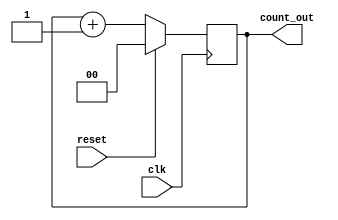
`timescale 1ns / 1ps
//////////////////////////////////////////////////////////////////////////////////
// Company: 
// Engineer: 
// 
// Design Name: 
// Module Name:    u1 
// Project Name: 
// Target Devices: 
// Tool versions: 
// Description: 
//
// Dependencies: 
//
// Revision: 
// Revision 0.01 - File Created
// Additional Comments: 
//
//////////////////////////////////////////////////////////////////////////////////
module u1(reset,clk,count_out);
input reset,clk;
output [1:0]count_out;
reg [1:0]count_up1=2'b00;
always@(posedge clk)
begin
if(reset)
count_up1=2'b00;
else
count_up1= count_up1+2'b01;
end
assign count_out=count_up1;
endmodule